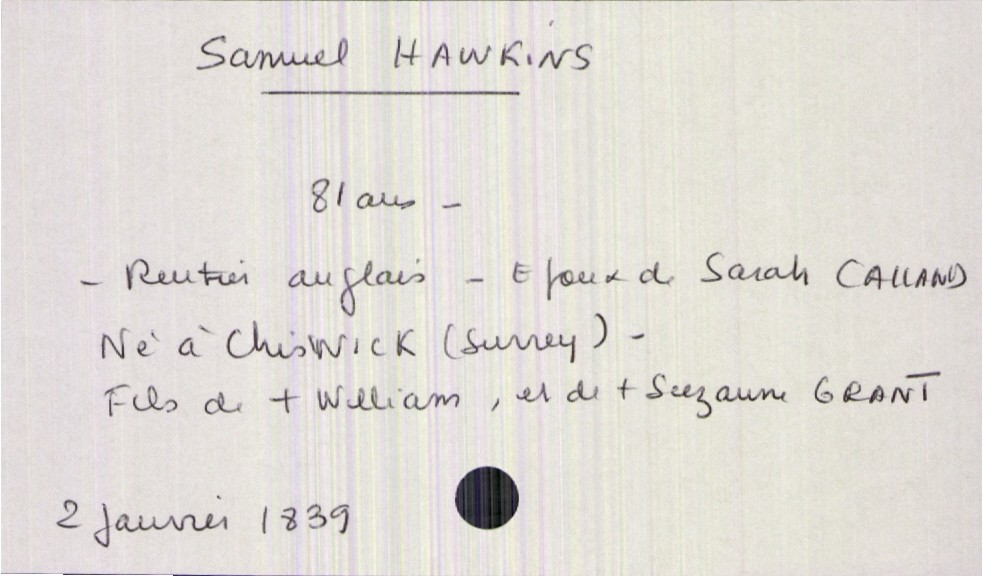
type_acte: Décès
année: 1839
mois: janvier
jour: 2
défunt_nom: Hawkins
défunt_prénom: Samuel
défunt_sexe: H
défunt_âge: 81 ans
défunt_profession: rentier anglais
défunt_lieu_de_naissance: Chiswick (Surrey)
défunt_statut: marié(e)
père_défunt_nom: Hawkins
père_défunt_prénom: William
père_défunt_statut: décédé
mère_défunt_nom: Grant
mère_défunt_prénom: Suzanne
mère_défunt_statut: décédée